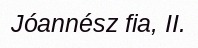
Jóannész fia, II.